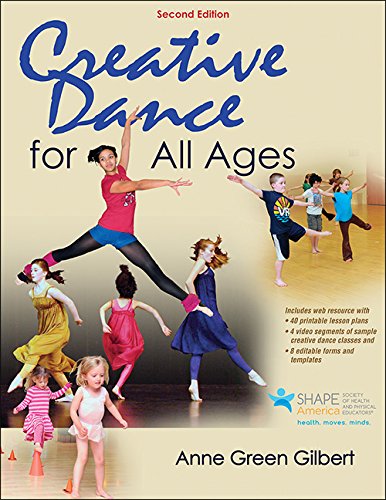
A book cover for Creative Dance for All Ages 2nd Edition With Web Resource; Anne Green Gilbert; Humor & Entertainment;